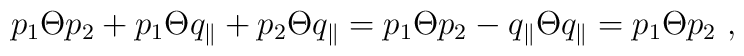
p_1 \Theta p_2 + p_1 \Theta q_{\parallel}  + p_2 \Theta q_{\parallel}  = p_1 \Theta p_2 - q_{\parallel} \Theta   q_{\parallel}  = p_1 \Theta p_2  ~,